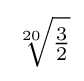
{\textstyle {\sqrt[{20}]{\frac {3}{2}}}}